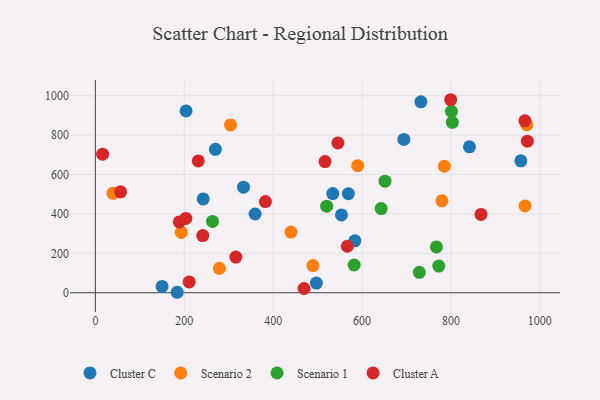
{"axis": {"x": "Investment", "y": "Fuel Efficiency"}, "legend": ["Cluster A", "Cluster C", "Scenario 1", "Scenario 2"], "data": [{"x": "534.1", "y": 503.0, "type": "Cluster C"}, {"x": "184.0", "y": 2.2, "type": "Cluster C"}, {"x": "204.0", "y": 922.5, "type": "Cluster C"}, {"x": "583.7", "y": 263.3, "type": "Cluster C"}, {"x": "270.0", "y": 727.9, "type": "Cluster C"}, {"x": "150.0", "y": 32.1, "type": "Cluster C"}, {"x": "957.2", "y": 669.2, "type": "Cluster C"}, {"x": "497.2", "y": 49.0, "type": "Cluster C"}, {"x": "694.0", "y": 778.2, "type": "Cluster C"}, {"x": "242.6", "y": 476.0, "type": "Cluster C"}, {"x": "569.2", "y": 502.8, "type": "Cluster C"}, {"x": "333.3", "y": 535.8, "type": "Cluster C"}, {"x": "841.6", "y": 740.3, "type": "Cluster C"}, {"x": "732.4", "y": 968.9, "type": "Cluster C"}, {"x": "553.6", "y": 394.8, "type": "Cluster C"}, {"x": "359.3", "y": 399.4, "type": "Cluster C"}, {"x": "303.8", "y": 851.4, "type": "Scenario 2"}, {"x": "39.6", "y": 504.2, "type": "Scenario 2"}, {"x": "966.7", "y": 440.3, "type": "Scenario 2"}, {"x": "193.3", "y": 305.8, "type": "Scenario 2"}, {"x": "279.1", "y": 123.9, "type": "Scenario 2"}, {"x": "785.2", "y": 641.9, "type": "Scenario 2"}, {"x": "970.8", "y": 852.1, "type": "Scenario 2"}, {"x": "489.6", "y": 137.7, "type": "Scenario 2"}, {"x": "590.2", "y": 644.8, "type": "Scenario 2"}, {"x": "779.7", "y": 466.4, "type": "Scenario 2"}, {"x": "440.1", "y": 308.0, "type": "Scenario 2"}, {"x": "803.1", "y": 865.0, "type": "Scenario 1"}, {"x": "582.1", "y": 140.7, "type": "Scenario 1"}, {"x": "728.9", "y": 103.5, "type": "Scenario 1"}, {"x": "520.4", "y": 439.3, "type": "Scenario 1"}, {"x": "643.0", "y": 426.9, "type": "Scenario 1"}, {"x": "651.6", "y": 566.1, "type": "Scenario 1"}, {"x": "767.3", "y": 232.6, "type": "Scenario 1"}, {"x": "772.7", "y": 135.1, "type": "Scenario 1"}, {"x": "263.5", "y": 361.7, "type": "Scenario 1"}, {"x": "801.1", "y": 920.5, "type": "Scenario 1"}, {"x": "516.7", "y": 665.8, "type": "Cluster A"}, {"x": "867.6", "y": 397.3, "type": "Cluster A"}, {"x": "545.6", "y": 759.8, "type": "Cluster A"}, {"x": "188.8", "y": 359.1, "type": "Cluster A"}, {"x": "566.8", "y": 235.7, "type": "Cluster A"}, {"x": "241.6", "y": 290.2, "type": "Cluster A"}, {"x": "469.6", "y": 21.4, "type": "Cluster A"}, {"x": "966.4", "y": 872.4, "type": "Cluster A"}, {"x": "211.1", "y": 54.6, "type": "Cluster A"}, {"x": "16.3", "y": 703.1, "type": "Cluster A"}, {"x": "971.9", "y": 769.3, "type": "Cluster A"}, {"x": "316.0", "y": 181.1, "type": "Cluster A"}, {"x": "799.3", "y": 979.5, "type": "Cluster A"}, {"x": "56.7", "y": 511.8, "type": "Cluster A"}, {"x": "203.5", "y": 376.8, "type": "Cluster A"}, {"x": "231.5", "y": 668.8, "type": "Cluster A"}, {"x": "382.5", "y": 462.4, "type": "Cluster A"}]}